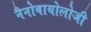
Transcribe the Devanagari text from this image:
नैनोबायोलोजी